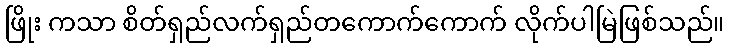
ဖြိုး ကသာ စိတ်ရှည်လက်ရှည်တကောက်ကောက် လိုက်ပါမြဲဖြစ်သည်။